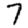
Digit: 7